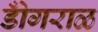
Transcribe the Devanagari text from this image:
डोँगराळ